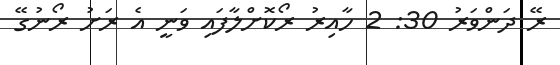
ރޭ ދަންވަރު 30: 2 ހާއިރު ރޯކޮށްލާފައި ވަނީ އެ ރަށު ރޯނުގޭ